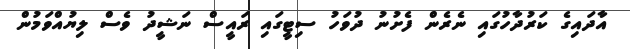
އާދައިގެ ކަރުދާހުގައި ނެރެން ފެށުނު ދުވަހު ސިޓީގައި ރައީސް ނަޝީދު ވެސް ލިޔުއްވަމުން